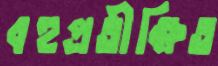
বহুপ্রতীক্ষিত